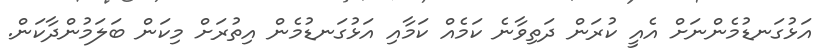
އަޅުގަނޑުމެންނަށް އެއީ ކުރަން ދަތިވާނެ ކަމެއް ކަމާއި އަޅުގަނޑުމެން އިތުރަށް މިކަން ބަލަމުންދާކަން.